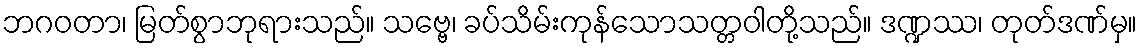
ဘဂဝတာ၊ မြတ်စွာဘုရားသည်။ သဗ္ဗေ၊ ခပ်သိမ်းကုန်သောသတ္တဝါတို့သည်။ ဒဏ္ဍဿ၊ တုတ်ဒဏ်မှ။